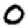
Digit: 0